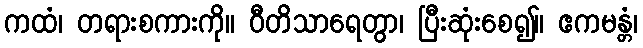
ကထံ၊ တရားစကားကို။ ဝီတိသာရေတွာ၊ ပြီးဆုံးစေ၍။ ဧကမန္တံ၊